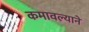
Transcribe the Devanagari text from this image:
कमावल्याने